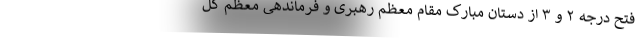
فتح درجه‌ ۲ و ۳ از دستان مبارک مقام معظم رهبری و فرماندهی معظم کل